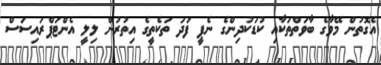
އެގޮތުން މޭވާގެ ބާވަތްތަކާއި ކުޑަކުދިންގެ ނެޕީ ފަދަ ތަކެތީގެ އިތުރުން ލިލީ އެންޓަޕްރައިސަސް